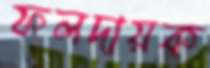
ফলদায়ক